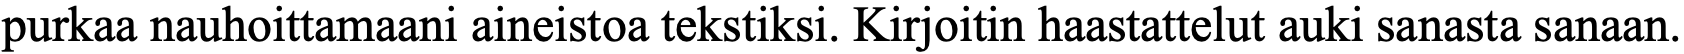
purkaa nauhoittamaani aineistoa tekstiksi. Kirjoitin haastattelut auki sanasta sanaan.